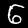
Digit: 6